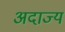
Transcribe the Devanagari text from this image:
अदाज्य